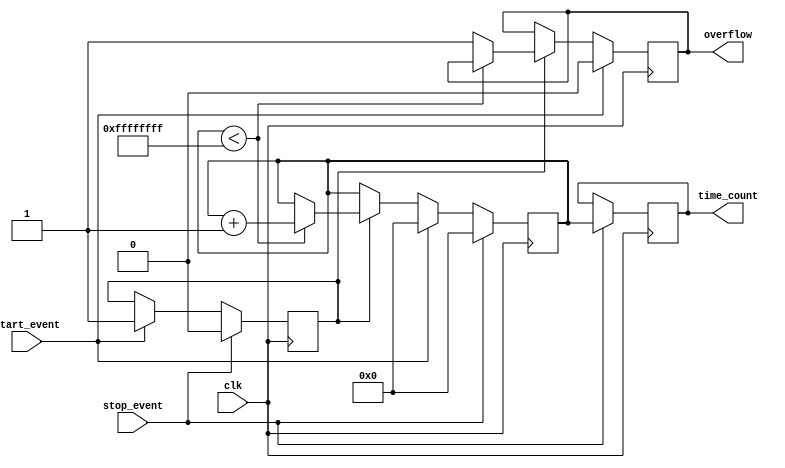
module TDC (
    input wire clk,              // High-frequency clock
    input wire start_event,      // Start event signal
    input wire stop_event,       // Stop event signal
    output reg [31:0] time_count, // Output count value (time interval)
    output reg overflow          // Overflow flag
);

    reg [31:0] counter;          // Counter to count clock cycles
    reg counting;                // Counting state flag
    reg [31:0] max_count;        // Maximum count value for overflow detection

    // Parameter for maximum count value (2^32 - 1)
    parameter MAX_COUNT = 32'hFFFFFFFF;

    // Initialize signals
    initial begin
        counter = 32'b0;
        time_count = 32'b0;
        overflow = 1'b0;
        counting = 1'b0;
        max_count = MAX_COUNT;
    end

    // Counter logic
    always @(posedge clk) begin
        if (start_event) begin
            // Start counting on rising edge of start_event
            counting <= 1'b1;
            counter <= 32'b0; // Reset counter when starting
            overflow <= 1'b0;  // Reset overflow flag
        end else if (counting) begin
            if (counter < max_count) begin
                counter <= counter + 1; // Increment counter
            end else begin
                overflow <= 1'b1; // Set overflow flag if max count reached
            end
        end
        
        if (stop_event) begin
            // Stop counting on rising edge of stop_event
            counting <= 1'b0;
            time_count <= counter; // Latch the count value
            counter <= 32'b0; // Reset counter for next measurement
        end
    end

endmodule